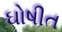
ઘોષીત